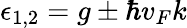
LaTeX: \epsilon_{1,2}=g\pm\hbar v_{F}k